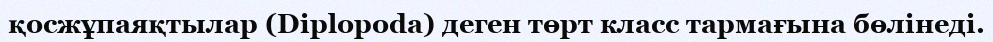
қосжұпаяқтылар (Dіplopoda) деген төрт класс тармағына бөлінеді.